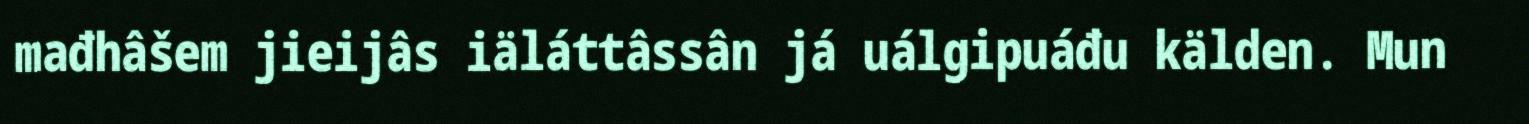
mađhâšem jieijâs iäláttâssân já uálgipuáđu kälden. Mun